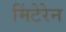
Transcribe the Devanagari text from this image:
मिंटेरेन